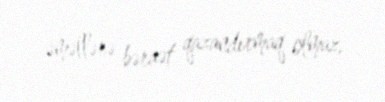
əməllərə bəraət qazandırmaq olmaz.